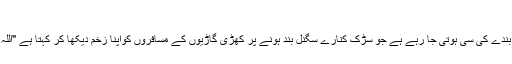
بے طقی باتیں بے طقے کام: 11/19/14
مگر یوں لگتا ہے کہ ہم گداگر بنتے جا رہے ہیں ہماری مثال باحیثیت قوم اُس بندے کی سی ہوتی جا رہے ہے جو سڑک کنارے سگنل بند ہونے پر کھڑی گاڑیوں کے مسافروں کواپنا زخم دیکھا کر کہتا ہے "اللہ کے نام پر دیتا جا رے، جو دے اُس کا بھی بھلا جو نہ دے اُس کا بھی بھلا" ۔